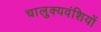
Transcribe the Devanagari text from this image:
चालुक्यवंशियों